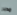
مدبر